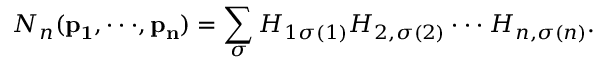
N _ { n } ( { \bf p _ { 1 } } , \cdot \cdot \cdot , { \bf p _ { n } } ) = \sum _ { \sigma } H _ { 1 \sigma ( 1 ) } H _ { 2 , \sigma ( 2 ) } \cdot \cdot \cdot H _ { n , \sigma ( n ) } .